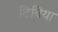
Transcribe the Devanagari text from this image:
टिविया